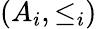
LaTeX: (A_{i},\leq_{i})